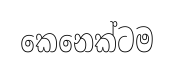
කෙනෙක්ටම